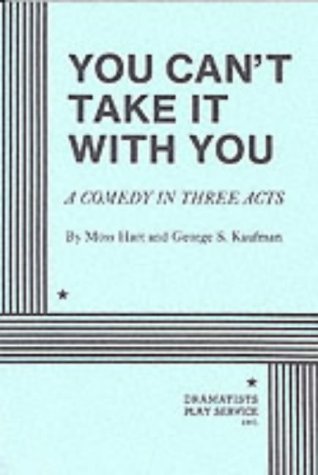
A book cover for You Can't Take It with You: A Comedy in Three Acts; Moss Hart; Literature & Fiction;